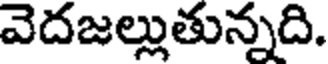
వెదజల్లుతున్నది.